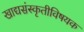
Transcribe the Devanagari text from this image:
खाद्यसंस्कृतीविषयक